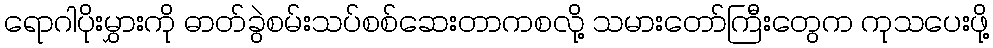
ရောဂါပိုးမွှားကို ဓာတ်ခွဲစမ်းသပ်စစ်ဆေးတာကစလို့ သမားတော်ကြီးတွေက ကုသပေးဖို့